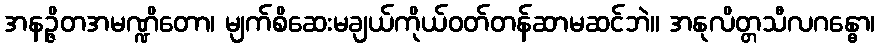
အနဉ္ဇိတအမဏ္ဍိတော၊ မျက်စိဆေးမချယ်ကိုယ်ဝတ်တန်ဆာမဆင်ဘဲ။ အနုလိတ္တသီလဂန္ဓော၊